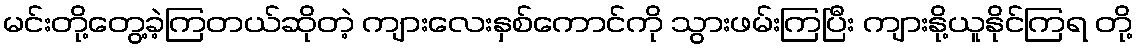
မင်းတို့တွေ့ခဲ့ကြတယ်ဆိုတဲ့ ကျားလေးနှစ်ကောင်ကို သွားဖမ်းကြပြီး ကျားနို့ယူနိုင်ကြရ တို့